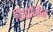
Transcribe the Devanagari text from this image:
वियोनिज